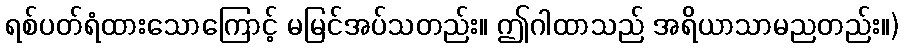
ရစ်ပတ်ရံထားသောကြောင့် မမြင်အပ်သတည်း။ ဤဂါထာသည် အရိယာသာမညတည်း။)